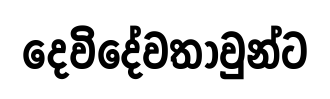
දෙවිදේවතාවුන්ට